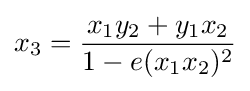
x_{3}={\frac {x_{1}y_{2}+y_{1}x_{2}}{1-e(x_{1}x_{2})^{2}}}